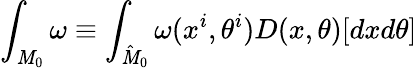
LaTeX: \int_{{\cal\mathit{M}}_{0}}\omega\equiv\int_{\hat{{\cal\mathit{M}}}_{0}}\omega(x^{i},\theta^{i})D(x,\theta)[dxd\theta]